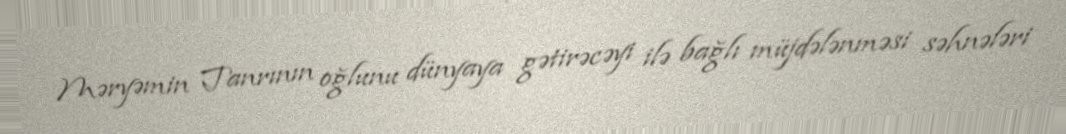
Məryəmin Tanrının oğlunu dünyaya gətirəcəyi ilə bağlı müjdələnməsi səhnələri